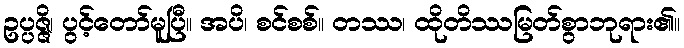
ဥပ္ပဇ္ဇိ၊ ပွင့်တော်မူပြီ။ အပိ၊ စင်စစ်။ တဿ၊ ထိုတိဿမြတ်စွာဘုရား၏။